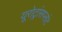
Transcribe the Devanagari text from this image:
यूरोट्रांसप्लांट